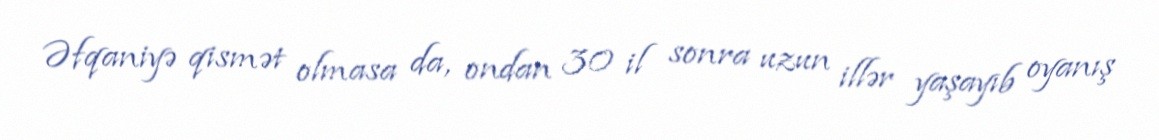
Əfqaniyə qismət olmasa da, ondan 30 il sonra uzun illər yaşayıb oyanış